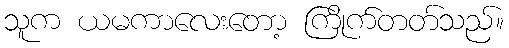
သူက ယမကာလေးတော့ ကြိုက်တတ်သည်။